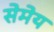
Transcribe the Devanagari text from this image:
सेमेय